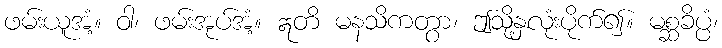
ဖမ်းယူအံ့။ ဝါ၊ ဖမ်းအုပ်အံ့။ ဣတိ မနသိကတွာ၊ ဤသို့နှလုံးပိုက်၍။ မစ္ဆခိပ္ပံ၊